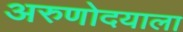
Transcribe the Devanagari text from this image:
अरुणोदयाला